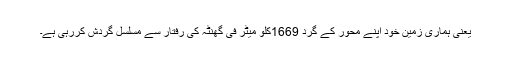
یعنی ہماری زمین خود اپنے محور کے گرد 1669کلو میٹر فی گھنٹہ کی رفتار سے مسلسل گردش کررہی ہے۔